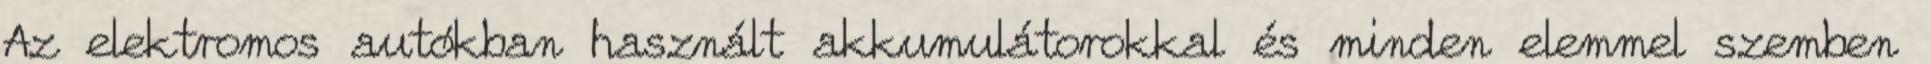
Az elektromos autókban használt akkumulátorokkal és minden elemmel szemben